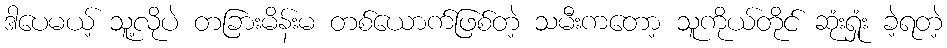
ဒါပေမယ့် သူ့လိုပဲ တခြားမိန်းမ တစ်ယောက်ဖြစ်တဲ့ သမီးကတော့ သူကိုယ်တိုင် ဆုံးရှုံး ခဲ့ရတဲ့